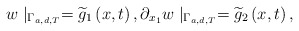
\begin{align*}w\mid _{\Gamma _{a,d,T}}=\widetilde{g}_{1}\left( x,t\right) ,\partial_{x_{1}}w\mid _{\Gamma _{a,d,T}}=\widetilde{g}_{2}\left( x,t\right) ,\end{align*}